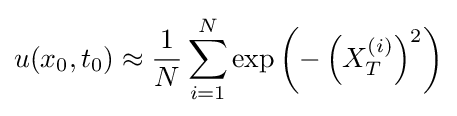
u(x_{0},t_{0})\approx {\frac {1}{N}}\sum _{i=1}^{N}\exp \left(-\left(X_{T}^{(i)}\right)^{2}\right)